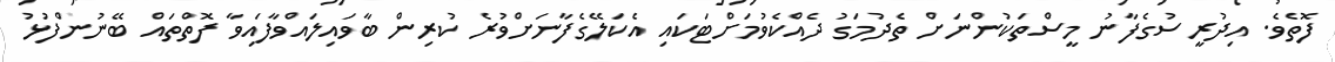
ފޮތެވެ. އިދުރީސުގެފާނު މީސްތަކުންނަށް ތެދުމަގު ދެއްކެވުމަށްޓަކައި އެކަލޭގެފާނަށްވުރެ ކުރިން ބާވައިލައްވާފައިވާ ފޮތްތައް ބޭނުންފުޅު